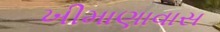
ખીમાણાવાસ